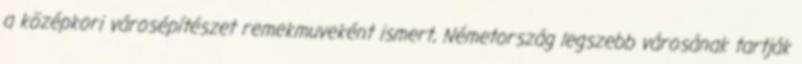
a középkori városépítészet remekmuveként ismert, Németország legszebb városának tartják